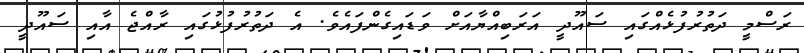
ރަސްމީ ދަތުރުފުޅެއްގައި ސައޫދީ އަރަބިއްޔާއަށް ވަޑައިގެންފައެވެ. އެ ދަތުރުފުޅުގައި ރާއްޖެ އާއި ސައޫދީ